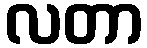
လတာ